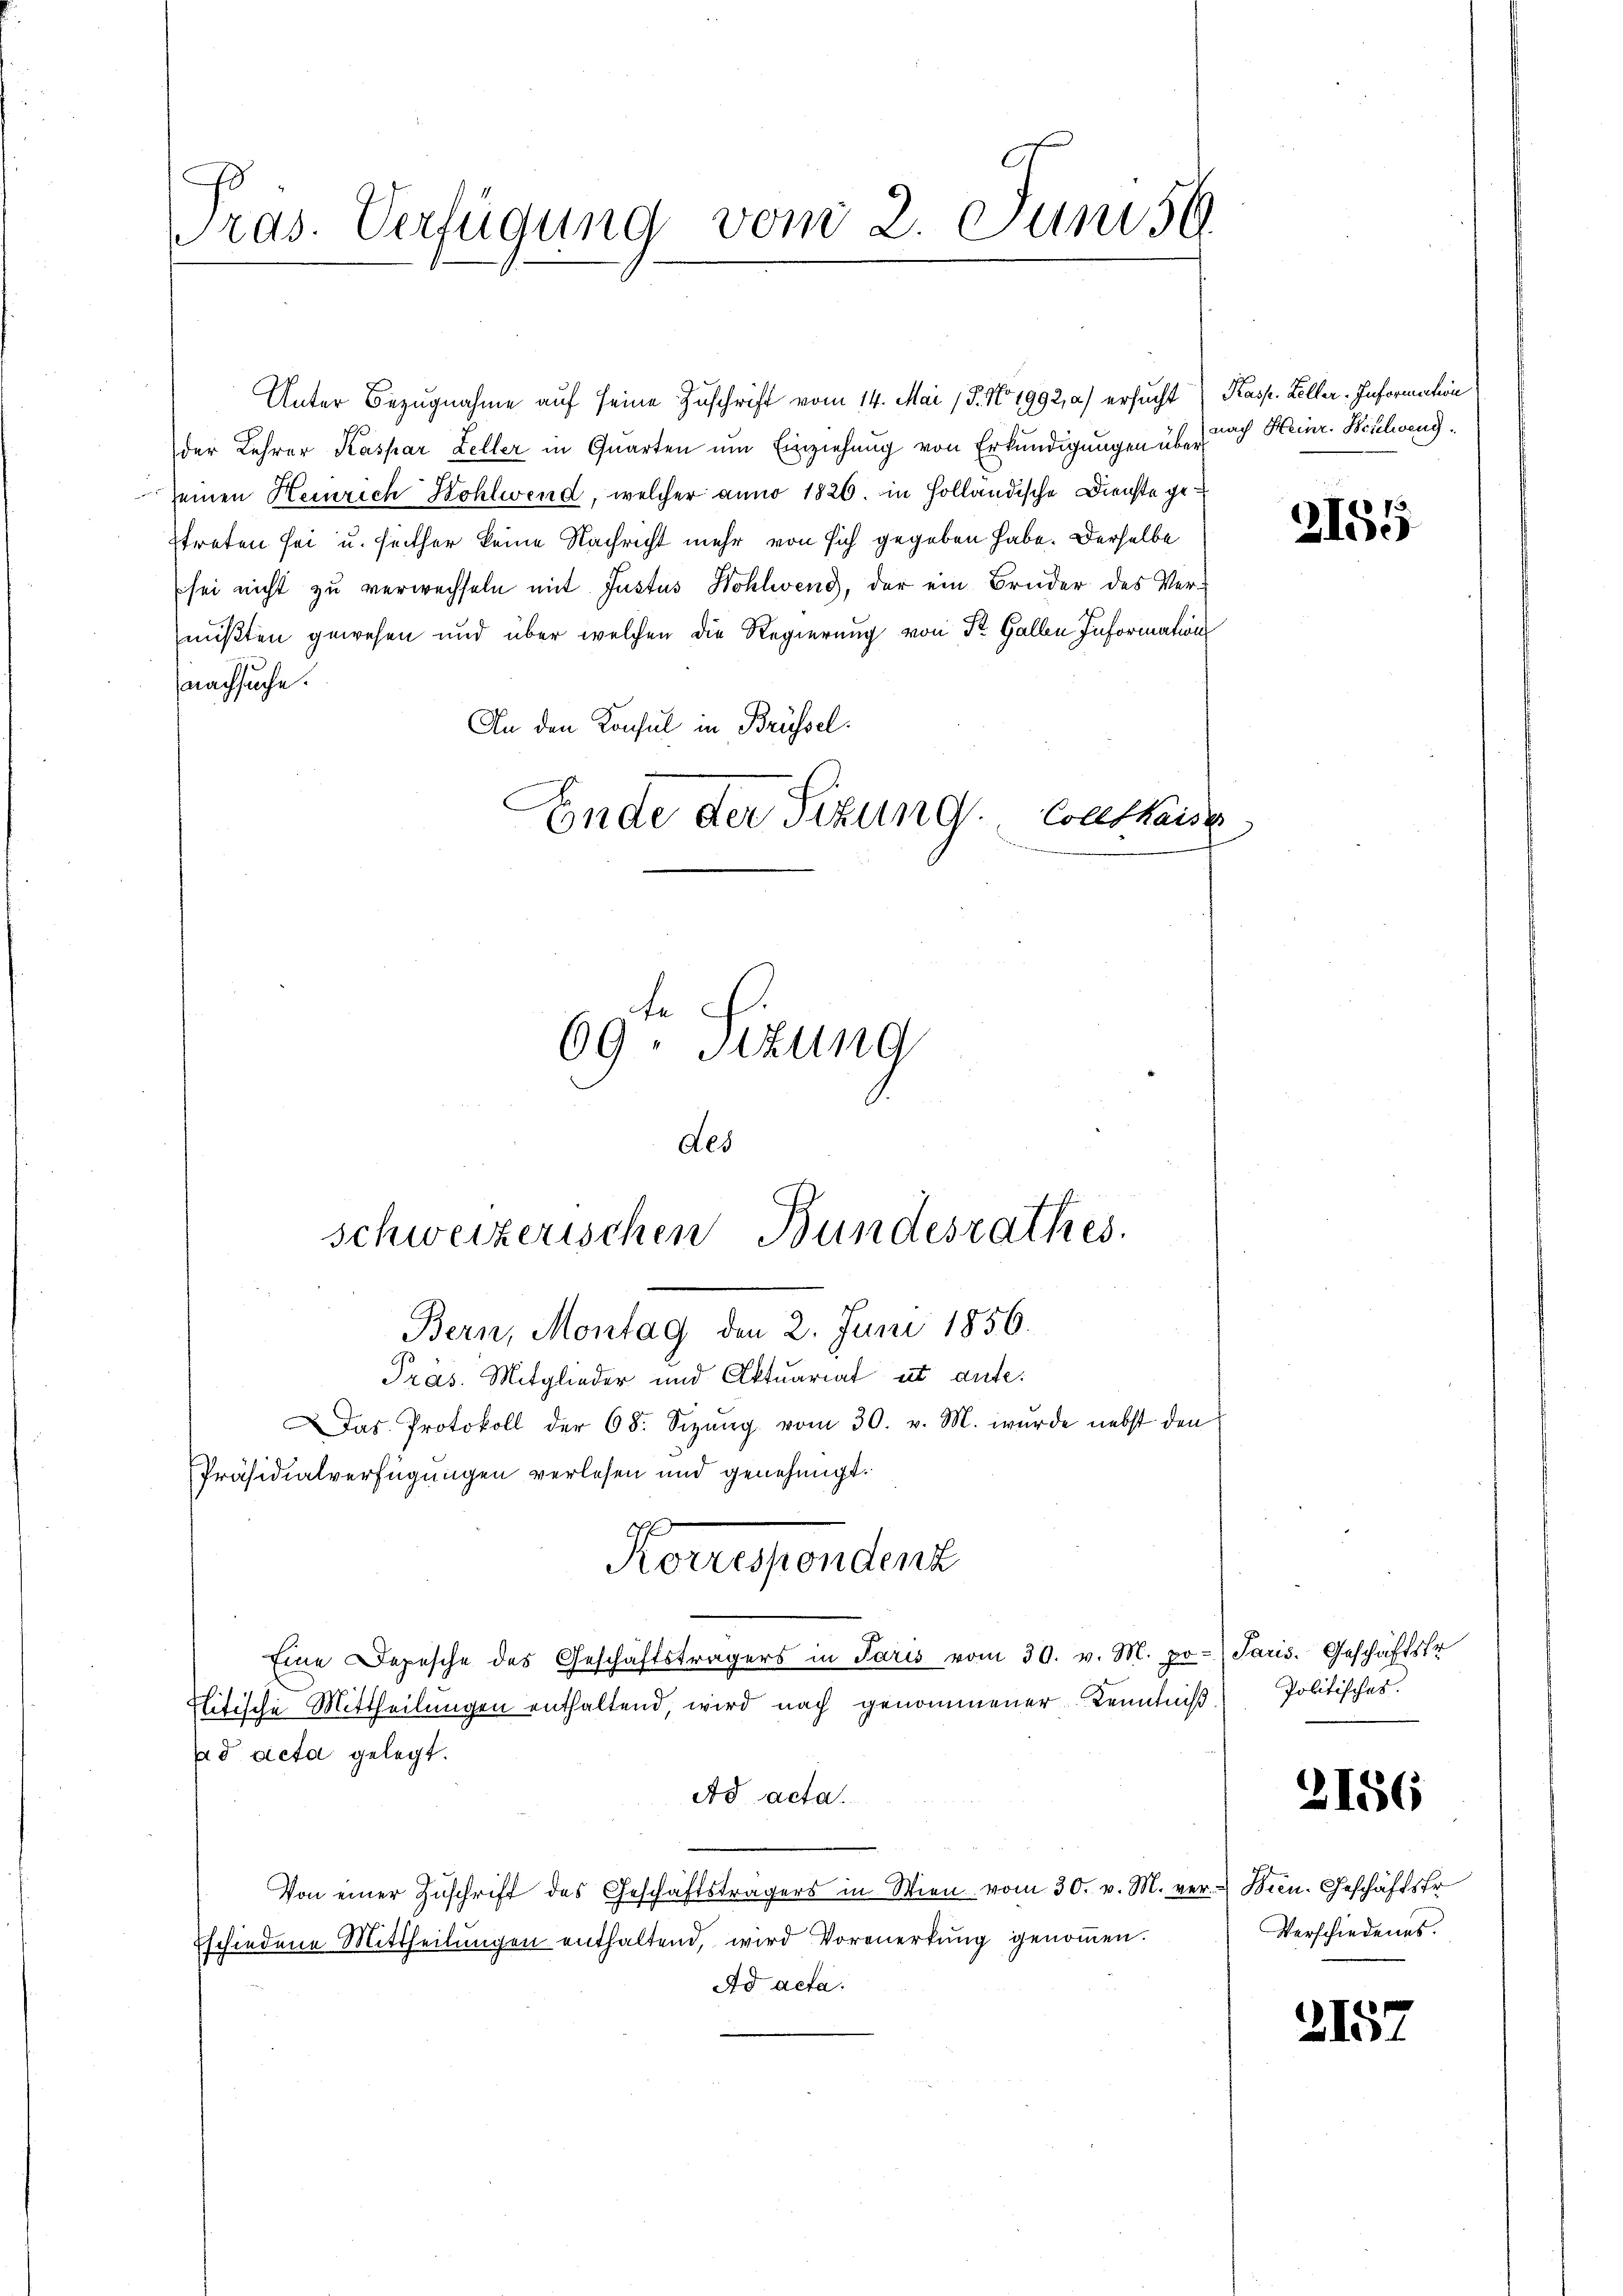
ras. Verfügung vom 2. Juni 59.

der Lehrer Kaspar Zeller in Quarten um Einziehung von Erkundigungen über
seinen Heinrich Kohlwend, welcher anno 1826. in Holländische Dienste getreten sei u. seither keine Nachricht mehr von sich gegeben habe. Derselbe
sei nicht zu verwechseln mit Justus Hohlweng, der ein Bruder des Vermußten gewesen und über welchen die Regierung von Sr. Halbe Informations
nachsuche.
An den Konsul in Brüssel.
Ende der Sizung. Solltkaise

Unter Bezugnahme auf seine Zuschrift vom 14. Mai 18. No 1992, a) ersucht Kasp. Keller-Information

6
69. Sitzung

des
schweizerischen Bundesrathes.

Bern, Montag den 2. Juni 1856.
Pras. Mitglieder und Aktuariat et aute.
Das Protokoll der 68. Sizŭng vom 30. v. M. wurde nebst den
Präsidialverfügungen verlesen und genehmigt.
Eine Depesche des Geschäftsträgers in Paris vom 30. v. M. pr. Janis. Geschäftstr
Tlitische Mittheilungen enthaltend, wird nach genommener Kenntniß
ad acta gelegt.
Ad acta.
Von einer Zuschrift des Geschäftsträgers in Wien vom 30. v. M. ver- & Been. Geschäftsfr.
Eschiedene Mittheilŭngen enthaltend, wird Vormerkŭng genoṁen.
Ad acta.

Konsendent

nach Heinr. Hiselweng.

2155

Politisches.

2186

Verschiedenes.

3157